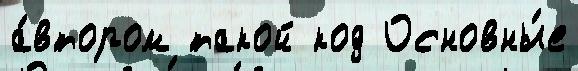
а́втором такой код Основны́е